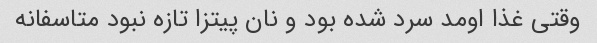
وقتی غذا اومد سرد شده بود و نان پیتزا تازه نبود متاسفانه